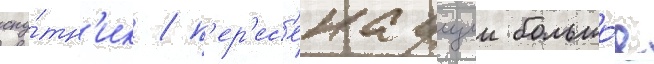
спу́тн'ик / п'ер'ес'екаущии большо́е